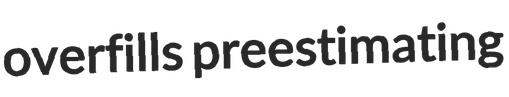
overfills preestimating